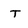
Character: T